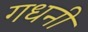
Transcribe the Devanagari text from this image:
गधनी